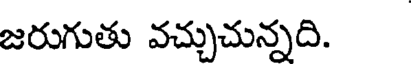
జరుగుతు వచ్చుచున్నది.